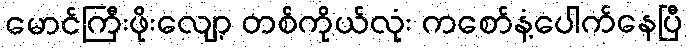
မောင်ကြီးဖိုးလျော့ တစ်ကိုယ်လုံး ကစော်နံ့ပေါက်နေပြီ